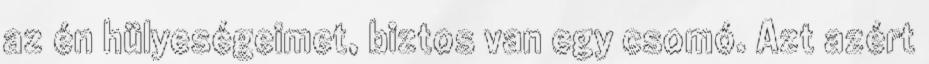
az én hülyeségeimet, biztos van egy csomó. Azt azért